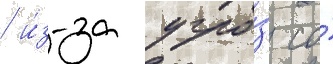
/ и́з-за угро́з со́